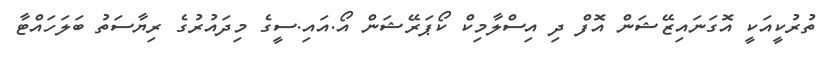
ތުރުކީއަކީ އޮގަނައިޒޭޝަން އޮފް ދި އިސްލާމިކް ކޯޕަރޭޝަން އޯ.އައި.ސީގެ މިދައުރުގެ ރިޔާސަތު ބަލަހައްޓާ